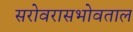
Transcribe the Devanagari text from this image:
सरोवरासभोवताल